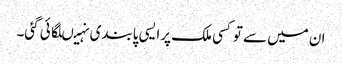
ان میں سے توکسی ملک پرایسی پابندی نہیںلگائی گئی۔